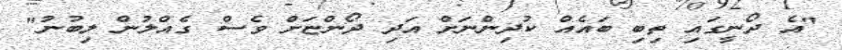
"އެ ދޯނީގައި ތިބި ބައެއް ކުދިންނަށް އަދި ދޯންޏަށް ވެސް ގެއްލުން ލިބުނު"